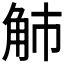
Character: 𧢿